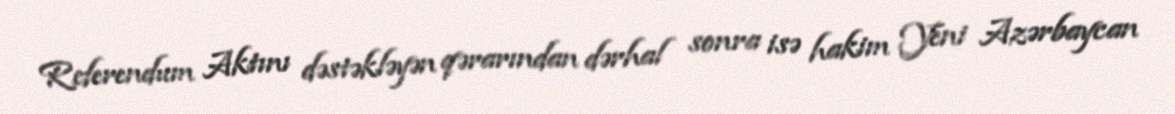
Referendum Aktını dəstəkləyən qərarından dərhal sonra isə hakim Yeni Azərbaycan